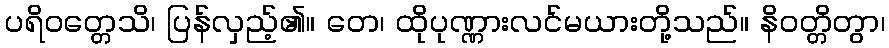
ပရိဝတ္တေသိ၊ ပြန်လှည့်၏။ တေ၊ ထိုပုဏ္ဏားလင်မယားတို့သည်။ နိဝတ္တိတွာ၊